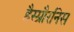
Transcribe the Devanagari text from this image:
हैस्प्रौरनिस